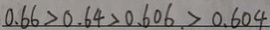
0 . 6 6 > 0 . 6 4 > 0 . 6 0 6 > 0 . 6 0 4